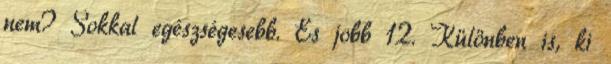
nem? Sokkal egészségesebb. És jobb 12. Különben is, ki